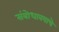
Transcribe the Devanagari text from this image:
संबोधावयाचे